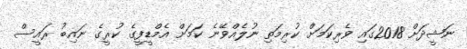
ނަޝީދަށް 2018ގައި ވެރިކަމަށް ކުރިމަތި ނުލެއްވޭނެ ކަމަށް އެމްޑީފީގެ ކުރީގެ ނައިބު ރައީސް